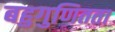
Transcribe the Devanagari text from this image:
बहुगुणितता